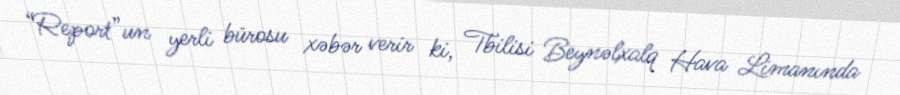
“Report”un yerli bürosu xəbər verir ki, Tbilisi Beynəlxalq Hava Limanında